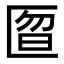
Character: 匫